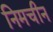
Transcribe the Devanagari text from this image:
निमचीन